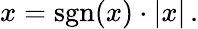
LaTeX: x=\operatorname{sgn}(x)\cdot|x|\, .